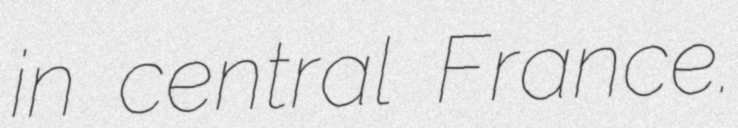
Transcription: in central France.